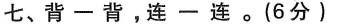
七、背一背，连一连。(6分)